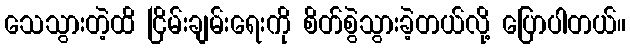
သေသွားတဲ့ထိ ငြိမ်းချမ်းရေးကို စိတ်စွဲသွားခဲ့တယ်လို့ ပြောပါတယ်။